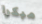
مبكرا